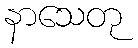
နာသေတု